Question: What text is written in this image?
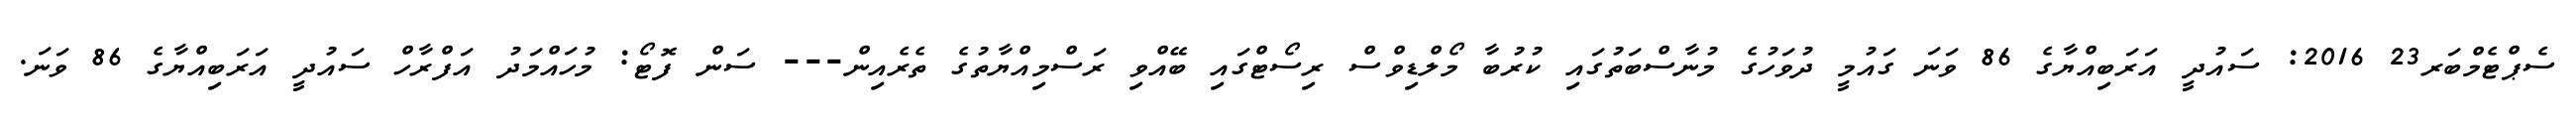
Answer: ސެޕްޓެމްބަރ23 2016: ސައުދީ އަރަބިއްޔާގެ 86 ވަނަ ގައުމީ ދުވަހުގެ މުނާސްބަތުގައި ކުރުބާ މޯލްޑިވްސް ރިސޯޓްގައި ބޭއްވި ރަސްމިއްޔާތުގެ ތެރެއިން--- ސަން ފޮޓޯ: މުހައްމަދު އަފްރާހް ސައުދީ އަރަބިއްޔާގެ 86 ވަނަ.